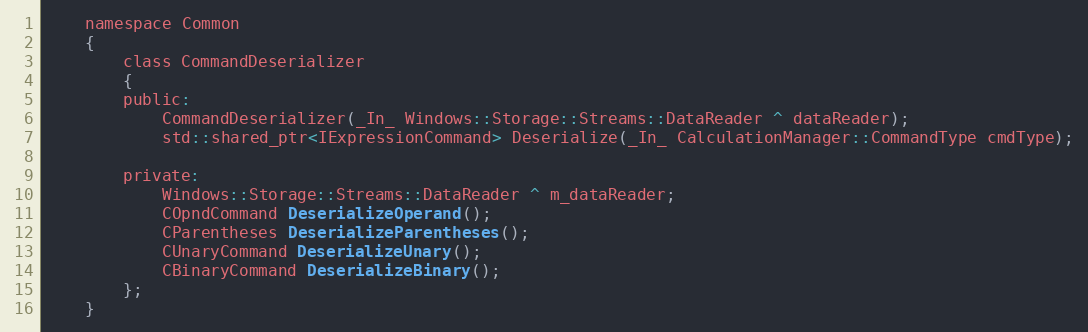
Language: C
    namespace Common
    {
        class CommandDeserializer
        {
        public:
            CommandDeserializer(_In_ Windows::Storage::Streams::DataReader ^ dataReader);
            std::shared_ptr<IExpressionCommand> Deserialize(_In_ CalculationManager::CommandType cmdType);

        private:
            Windows::Storage::Streams::DataReader ^ m_dataReader;
            COpndCommand DeserializeOperand();
            CParentheses DeserializeParentheses();
            CUnaryCommand DeserializeUnary();
            CBinaryCommand DeserializeBinary();
        };
    }